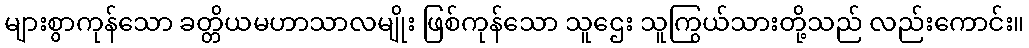
များစွာကုန်သော ခတ္တိယမဟာသာလမျိုး ဖြစ်ကုန်သော သူဌေး သူကြွယ်သားတို့သည် လည်းကောင်း။